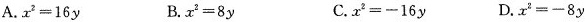
A.$$x^{2}=16 y $$ B.$$x^{2}=8y$$ C.$$x^{2}≡-16 y$$ D.$$x^{2}=-8y$$